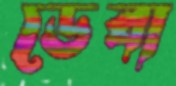
ডেবা